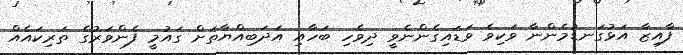
ފާއިޒާ އަޅުގަނޑުމެންނާ ވަކިވެ ވަޑައިގެންނެވީ ދިވެހި ބަހާއި އަދަބިއްޔާތަށް ގައުމީ ފެންވަރުގެ ތަރިކައެއް